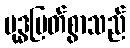
ဗုဒ္ဓမြတ်စွာသည်